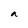
Character: a